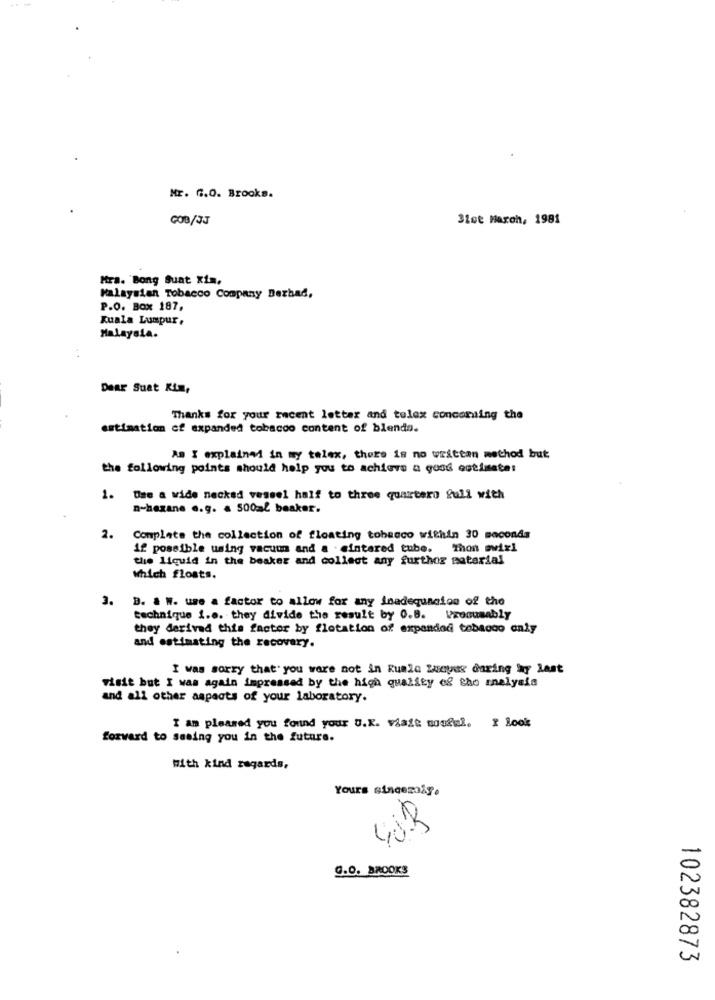
Mr. 6.0. Brooks.
GOB/JJ
31st March, 1981
Hra. Bong Sunt Xim,
Malaysian Tobacco Company Derhad,
P.O. Box 187,
Kuala Lumpur,
Malaysia.
DeAr Suat Kim,
Thanks for your recent letter and tolex concoming the
estimation of expanded tobacco content of blendo.
AS I explained in my talex, there is no writtan method but
the following points should help you to achieve a good estimate:
1. Use a wide necked vessel half to three quarters full with
n-hexane e.g. a 500ml beaker.
2.
Complete the collection of floating tobacco within 30 seconds
12 possible using vacuu and a . cintared tube. Thon swix!
the liquid in the beaker and collect any further material
Which floats.
3. B. . W. use a factor to allow for any inadequnaios of the
technique i.e. they divide the result by O.B. Presumably
they derived this factor by flotation of expanded tobacco only
and estimating the recovery.
I was sorry that you ware not in Ruale Lucyas daring any last
visit but I was again impressed by the high quality of cho analysis
and all other aspects of your laboratory.
I am pleased you found your U.K. viale soufwl. I look
forward to seeing you in the future.
With kind regards,
Yours sincezaly.
403
9.0. BROOKS
102382873